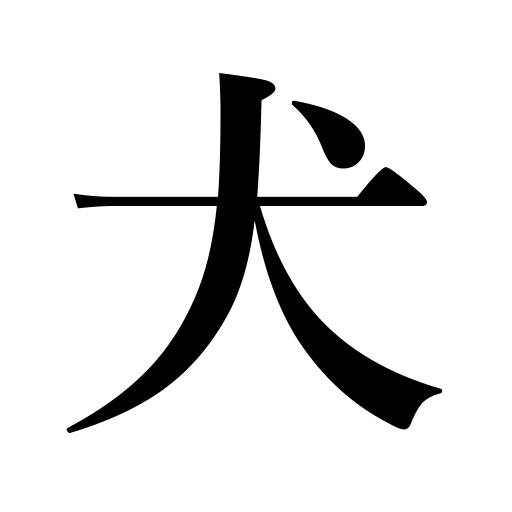
Meanings: dog,spy